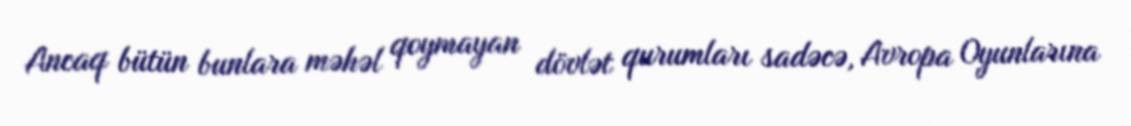
Ancaq bütün bunlara məhəl qoymayan dövlət qurumları sadəcə, Avropa Oyunlarına